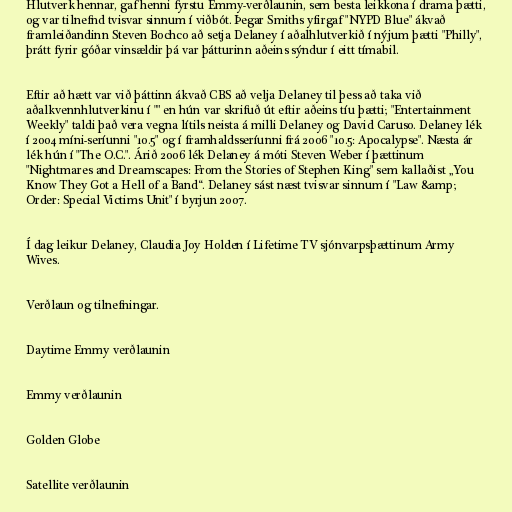
Hlutverk hennar, gaf henni fyrstu Emmy-verðlaunin, sem besta leikkona í drama þætti,
og var tilnefnd tvisvar sinnum í viðbót. Þegar Smiths yfirgaf "NYPD Blue" ákvað
framleiðandinn Steven Bochco að setja Delaney í aðalhlutverkið í nýjum þætti "Philly",
þrátt fyrir góðar vinsældir þá var þátturinn aðeins sýndur í eitt tímabil.

Eftir að hætt var við þáttinn ákvað CBS að velja Delaney til þess að taka við
aðalkvennhlutverkinu í "" en hún var skrifuð út eftir aðeins tíu þætti; "Entertainment
Weekly" taldi það vera vegna lítils neista á milli Delaney og David Caruso. Delaney lék
í 2004 míni-seríunni "10.5" og í framhaldsseríunni frá 2006 "10.5: Apocalypse". Næsta ár
lék hún í "The O.C.". Árið 2006 lék Delaney á móti Steven Weber í þættinum
"Nightmares and Dreamscapes: From the Stories of Stephen King" sem kallaðist „You
Know They Got a Hell of a Band“. Delaney sást næst tvisvar sinnum í "Law &amp;
Order: Special Victims Unit" í byrjun 2007.

Í dag leikur Delaney, Claudia Joy Holden í Lifetime TV sjónvarpsþættinum Army
Wives.

Verðlaun og tilnefningar.

Daytime Emmy verðlaunin

Emmy verðlaunin

Golden Globe

Satellite verðlaunin